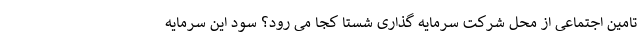
تامین اجتماعی از محل شرکت سرمایه گذاری شستا کجا می رود؟ سود این سرمایه